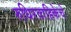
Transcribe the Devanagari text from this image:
रुधिरवाहिकेचे